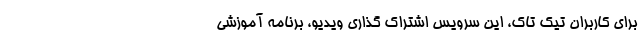
برای کاربران تیک تاک، این سرویس اشتراک گذاری ویدیو، برنامه آموزشی